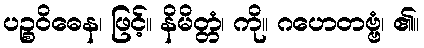
ပဉ္စဝိဓေန၊ ဖြင့်။ နိမိတ္တံ၊ ကို။ ဂဟေတဗ္ဗံ၊ ၏။